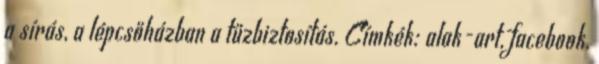
a sírás, a lépcsőházban a tűzbiztosítás. Címkék: alak-art, facebook,